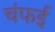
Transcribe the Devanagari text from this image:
चंफई